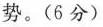
势。(6分)